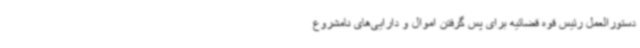
دستورالعمل رئیس قوه قضائیه برای پس گرفتن اموال و دارایی‌های نامشروع